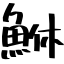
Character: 鮴